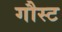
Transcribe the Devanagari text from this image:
गौस्ट